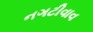
નગટીવાવ